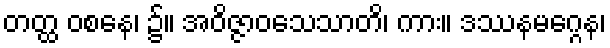
တတ္ထ ဝစနေ၊ ၌။ အဝိဇ္ဇာဝသေသာတိ၊ ကား။ ဒဿနမဂ္ဂေန၊